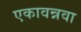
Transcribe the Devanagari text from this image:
एकावन्नवा